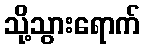
သို့သွားရောက်